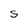
Character: S